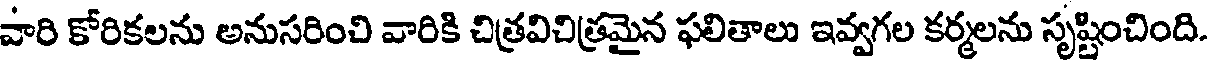
వారి కోరికలను అనుసరించి వారికి చిత్రవిచిత్రమైన ఫలితాలు ఇవ్వగల కర్మలను సృష్టించింది.